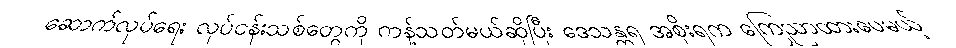
ဆောက်လုပ်ရေး လုပ်ငန်းသစ်တွေကို ကန့်သတ်မယ်ဆိုပြီး ဒေသန္တရ အစိုးရက ကြေညာထားပေမယ့်